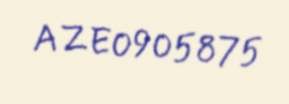
AZE0905875